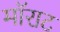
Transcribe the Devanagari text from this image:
मॉराट